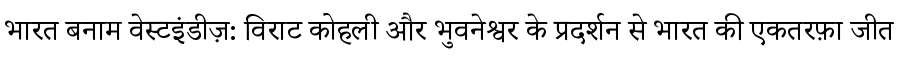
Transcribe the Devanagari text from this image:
भारत बनाम वेस्टइंडीज़: विराट कोहली और भुवनेश्वर के प्रदर्शन से भारत की एकतरफ़ा जीत